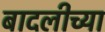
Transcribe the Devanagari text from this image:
बादलीच्या